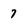
Character: 7